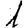
Digit: 1